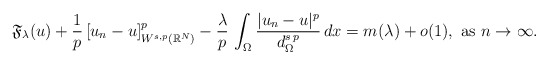
\begin{align*}\mathfrak{F}_{\lambda}(u)+\frac{1}{p}\,[u_n-u]^p_{W^{s,p}(\mathbb{R}^N)}-\frac{\lambda}{p}\,\int_\Omega \frac{|u_n-u|^p}{d_\Omega^{s\,p}}\,dx=m(\lambda)+o(1),\mbox{ as }n\to \infty.\end{align*}